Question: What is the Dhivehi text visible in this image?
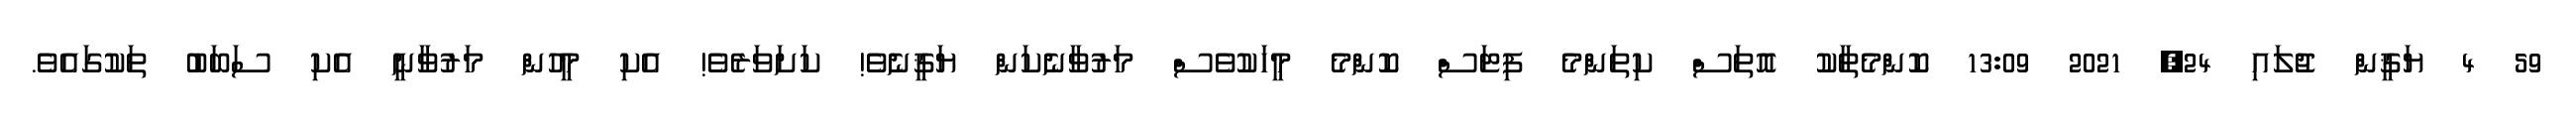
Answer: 59 4 ޔަޤީން ޖުލައި 24, 2021 13:09 ކޮންމެތާކު އޮތަސް ކިތަންމެ ފިޓަސް ކޮންމެ މީހަކުވެސް މަރުވާނެކަން ޔަޤީނެވެ! ކަށަވަރެވެ! އެކި މީހުން މަރުވާނީ އެކި ސަބަބު ތަކުގައެވެ.